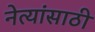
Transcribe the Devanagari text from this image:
नेत्यांसाठी